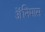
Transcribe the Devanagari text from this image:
ॲनिमास